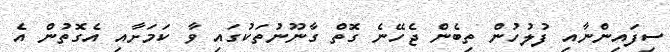
ސިފައިންނާއި ފުލުހުން ތިބެން ޖެހޭނެ ގޮތް ގާނޫނުތަކުގައި ވާ ކަމަށާއި އެގޮތުން އެ